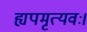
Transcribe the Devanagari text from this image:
ह्यपमृत्यवः।